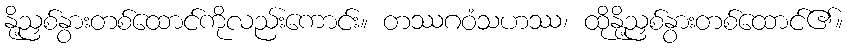
နို့ညှစ်နွားတစ်ထောင်ကိုလည်းကောင်း။ တဿဂဝံသဟဿ၊ ထိုနို့ညှစ်နွားတစ်ထောင်၏။